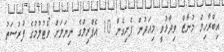
އިބްރާހިމް މުނާޒް ވިދާޅުވީ މިއަދުން ފެށިގެން 10 އެޕްރިލްގެ ނިޔަލަށް ވޯޓުލުމުގެ ފުރުސަތު